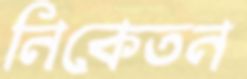
নিকেতন